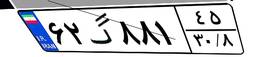
۸۵گ۳۵۵۱۱